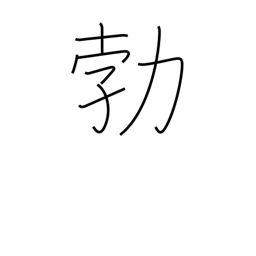
Meaning: suddenness